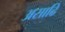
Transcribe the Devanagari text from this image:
असाढि